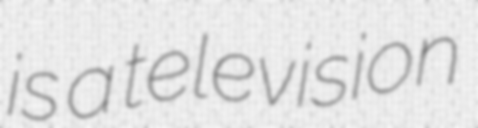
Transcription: is a television